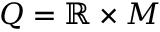
Q = \mathbb { R } \times M